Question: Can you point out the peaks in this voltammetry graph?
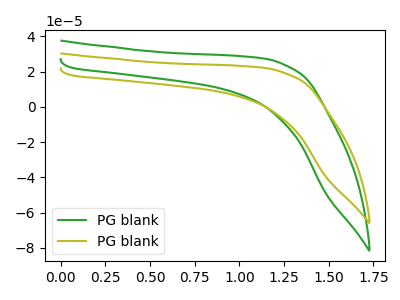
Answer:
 <answer>The green curve "PG blank1" has no peaks. The olive curve "PG blank2" has no peaks.</answer>
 <eval></eval>